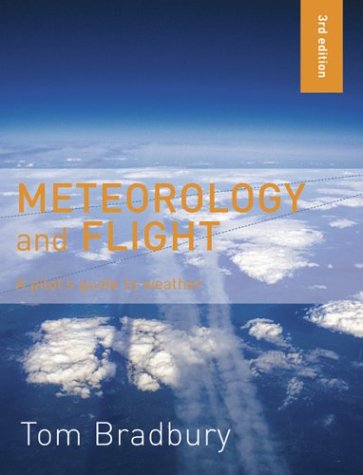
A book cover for Meteorology and Flight: A Pilot's Guide to Weather; Tom Bradbury; Sports & Outdoors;